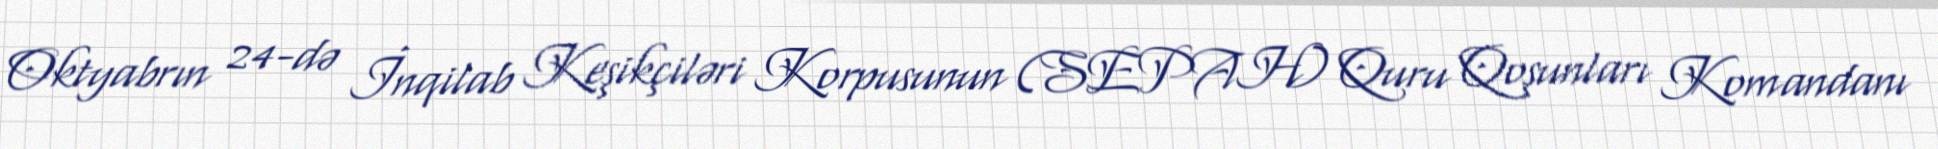
Oktyabrın 24-də İnqilab Keşikçiləri Korpusunun (SEPAH) Quru Qoşunları Komandanı